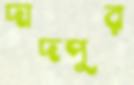
দাদপুর